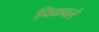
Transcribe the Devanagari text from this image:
पिकवले